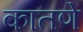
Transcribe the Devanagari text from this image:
कातणे